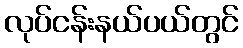
လုပ်ငန်းနယ်ပယ်တွင်